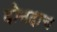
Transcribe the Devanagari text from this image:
दोनदाच